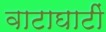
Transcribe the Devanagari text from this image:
वाटाघाटीं